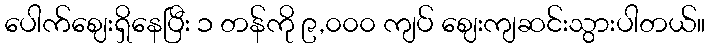
ပေါက်ဈေးရှိနေပြီး ၁ တန်ကို ၉,၀၀၀ ကျပ် ဈေးကျဆင်းသွားပါတယ်။